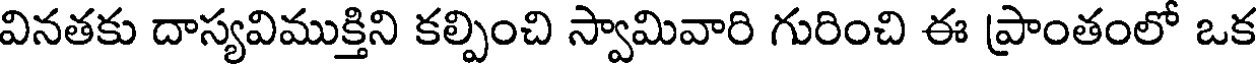
వినతకు దాస్యవిముక్తిని కల్పించి స్వామివారి గురించి ఈ ప్రాంతంలో ఒక